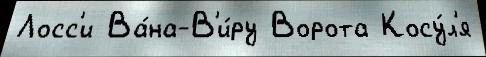
Лосс'и Ва́на-В'и́ру Ворота Косу́л'я